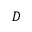
D